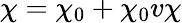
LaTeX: \chi=\chi_{0}+\chi_{0}v\chi